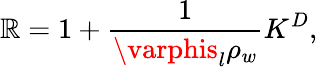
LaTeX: \mathbb{R}=1+\frac{{1}}{{\varphis_{l}\rho_{w}}}K^{D},